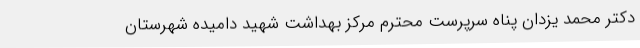
دکتر محمد یزدان پناه سرپرست محترم مرکز بهداشت شهید دامیده شهرستان